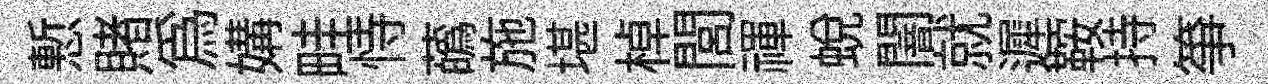
慙賭爲媾畦恃蘤施堪棹閭禈蛻闇就遲鞍持筝